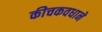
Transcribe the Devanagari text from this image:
कीचकवधाने